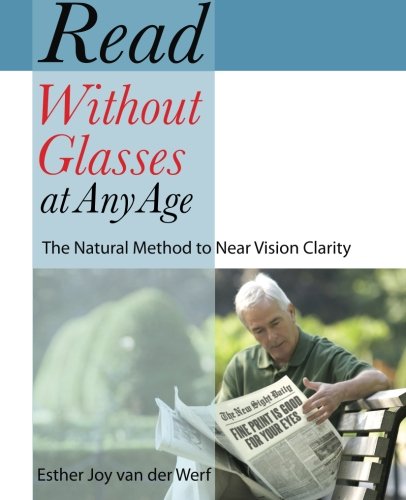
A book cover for Read Without Glasses at Any Age: The Natural Method to Near Vision Clarity; Esther Joy van der Werf; Health, Fitness & Dieting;